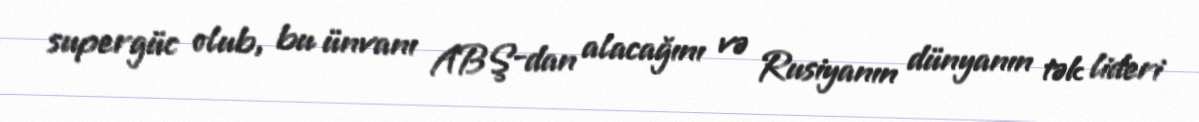
supergüc olub, bu ünvanı ABŞ-dan alacağını və Rusiyanın dünyanın tək lideri